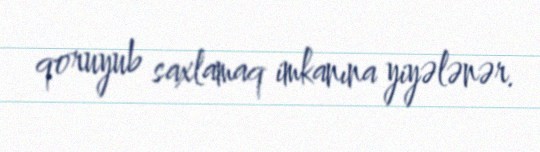
qoruyub saxlamaq imkanına yiyələnər.